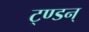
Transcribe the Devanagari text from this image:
ट्ण्डन्